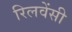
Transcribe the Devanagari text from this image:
रिलवेंसी